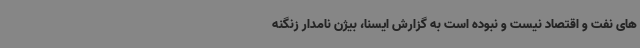
های نفت و اقتصاد نیست و نبوده است به گزارش ایسنا، بیژن نامدار زنگنه